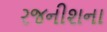
રજનીશના